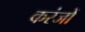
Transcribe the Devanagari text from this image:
करंजों